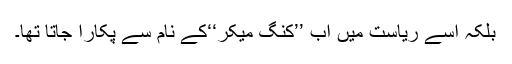
بلکہ اسے ریاست میں اب ’’کنگ میکر‘‘کے نام سے پکارا جاتا تھا۔